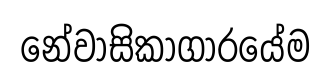
නේවාසිකාගාරයේම